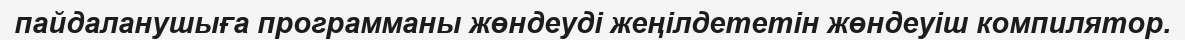
пайдаланушыға программаны жөндеуді жеңілдететін жөндеуіш компилятор.